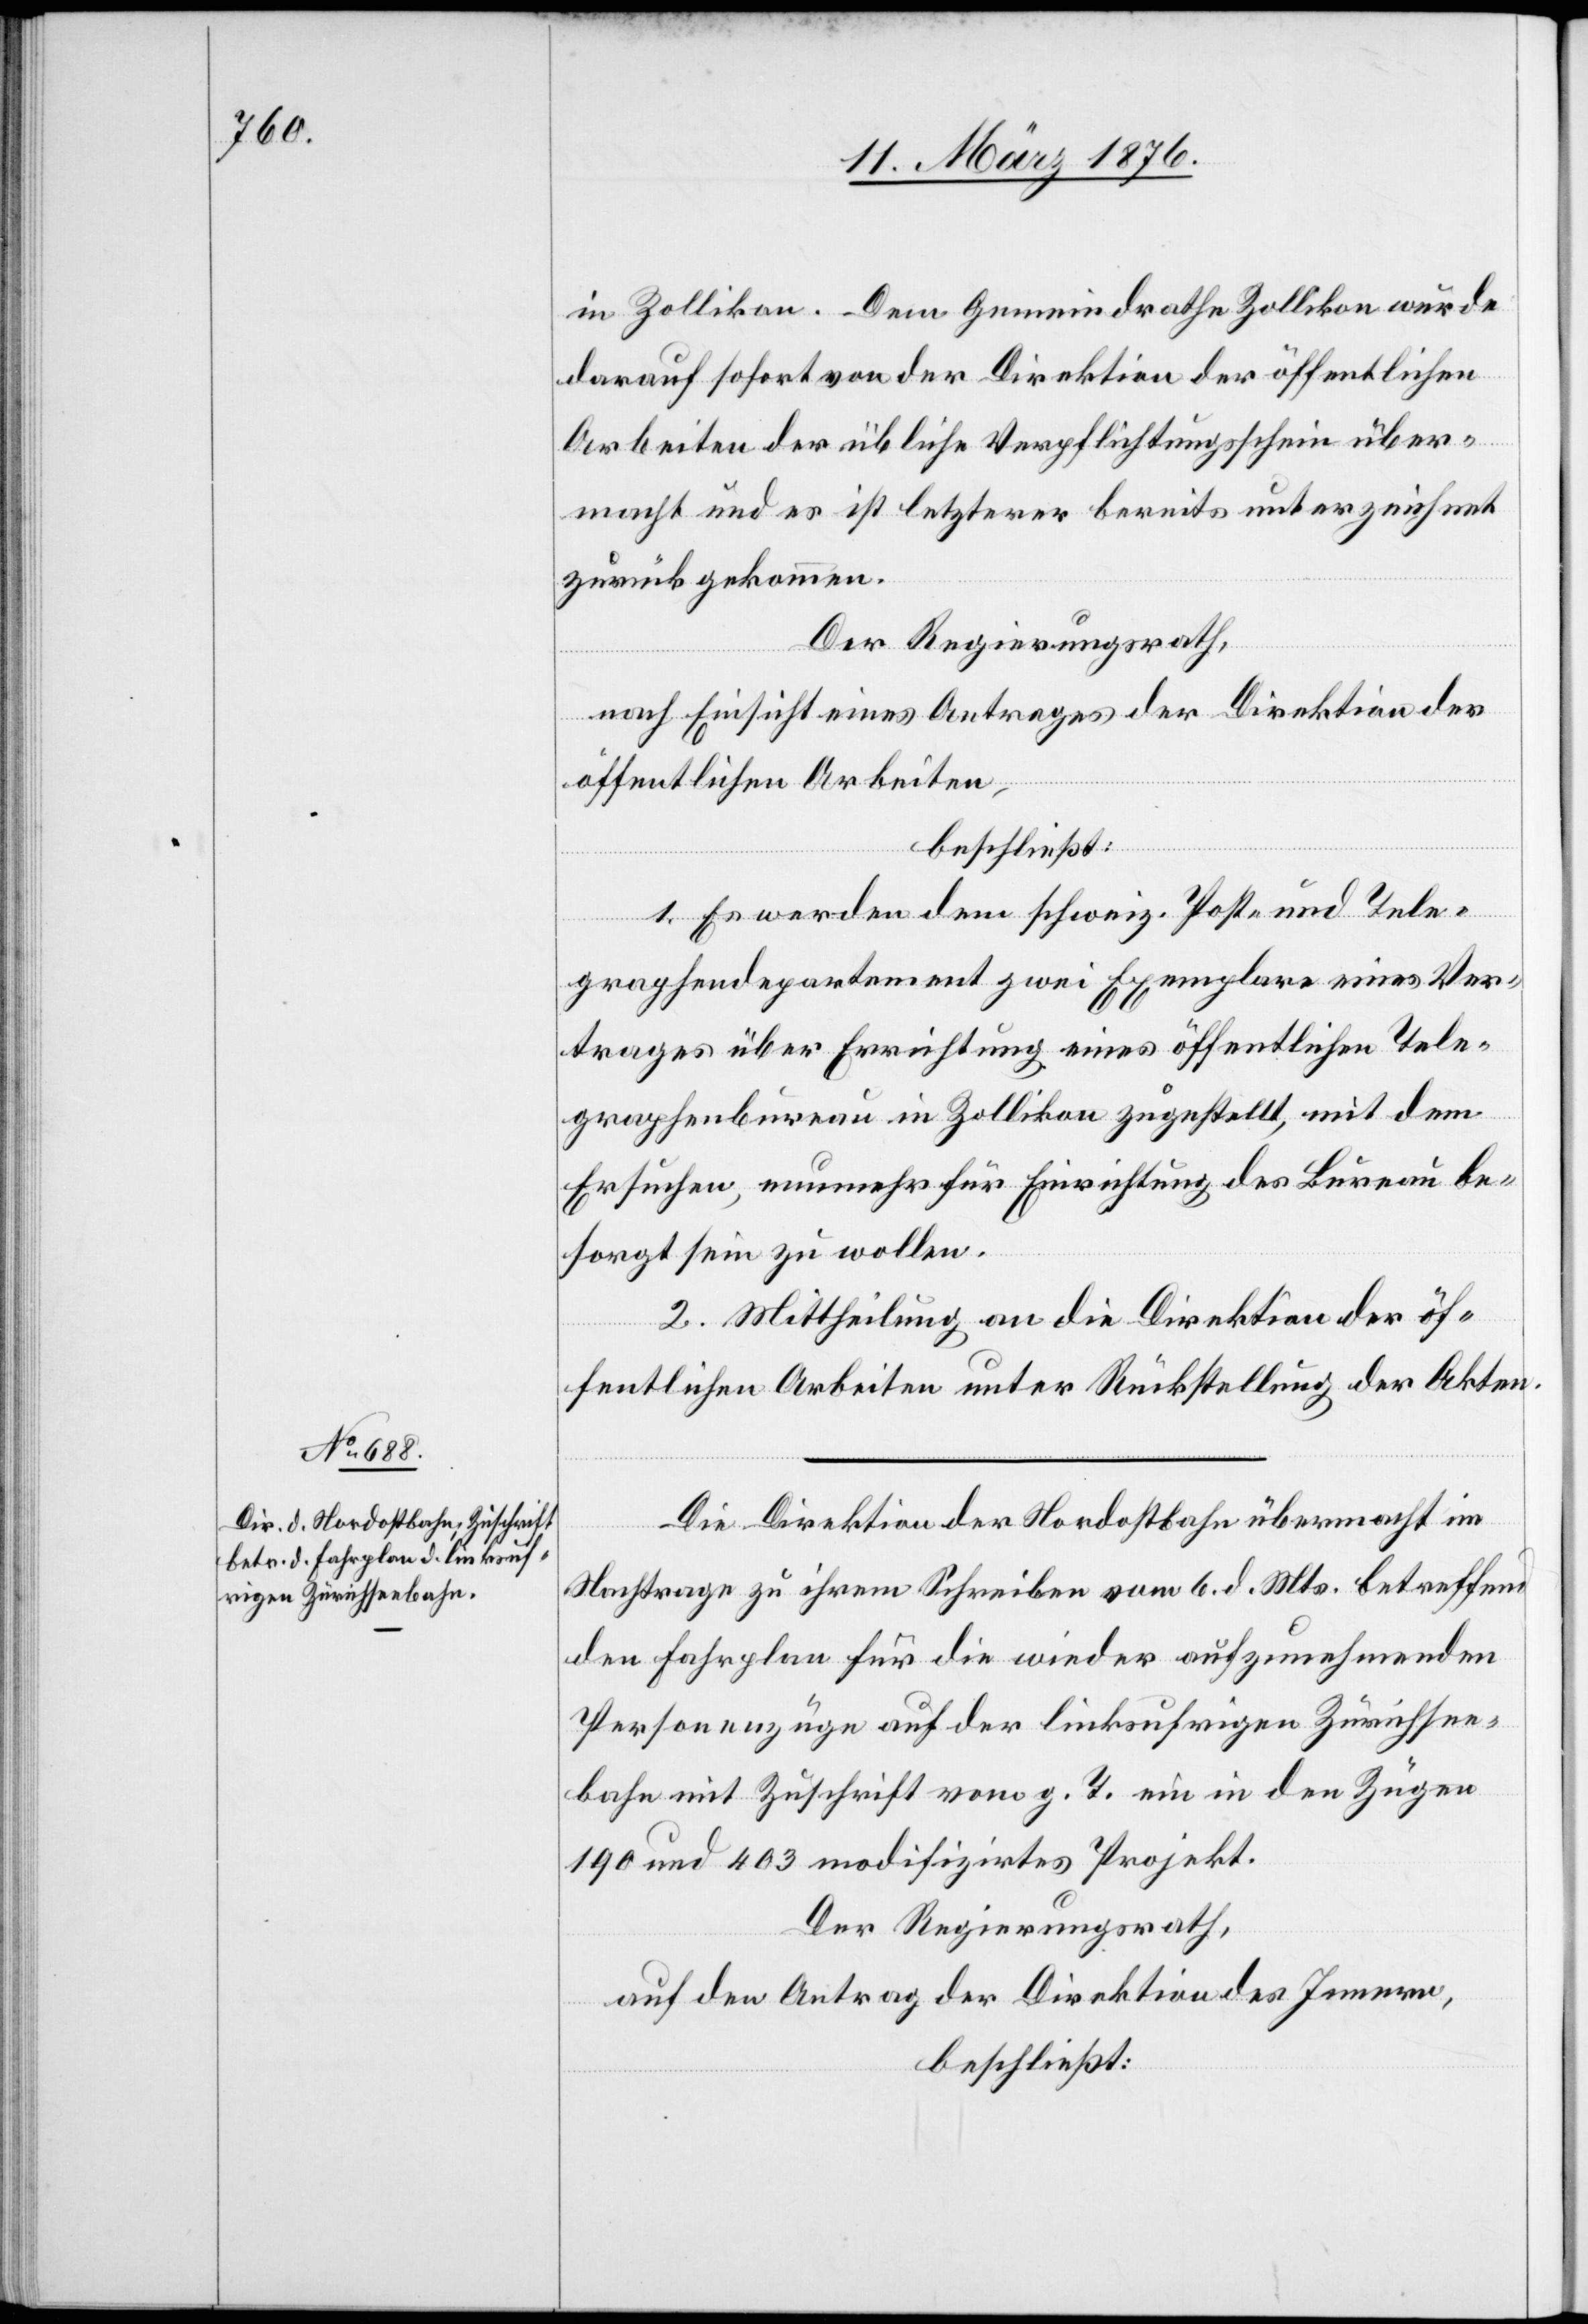
in Zollikon. Dem Gemeindrathe Zollikon wurde
darauf sofort von der Direktion der öffentlichen
Arbeiten der übliche Verpflichtungsschein über¬
macht und es ist letzterer bereits unterzeichnet
zurückgekommen.
Der Regierungsrath,
nach Einsicht eines Antrages der Direktion der
öffentlichen Arbeiten,
beschließt:
1. Es werden dem schweiz. Post- und Tele¬
graphendepartement zwei Exemplare eines Ver¬
trages über Errichtung eines öffentlichen Tele¬
graphenbureau in Zollikon zugestellt, mit dem
Ersuchen, nunmehr für Einrichtung des Bureau be¬
sorgt sein zu wollen.
2. Mittheilung an die Direktion der öf¬
fentlichen Arbeiten unter Rückstellung der Akten.
Die Direktion der Nordostbahn übermacht im
Nachtrage zu ihrem Schreiben vom 6. d. Mts. betreffend
den Fahrplan für die wieder aufzunehmenden
Personenzüge auf der linksufrigen Zürichsee¬
bahn mit Zuschrift vom g. T. ein in den Zügen
190 und 403 modifizirtes Projekt.
Der Regierungsrath,
auf den Antrag der Direktion des Innern,
beschließt: